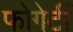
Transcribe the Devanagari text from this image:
फोगेर्टी